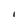
Character: I